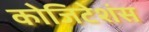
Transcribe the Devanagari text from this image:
कोजिटेशंस